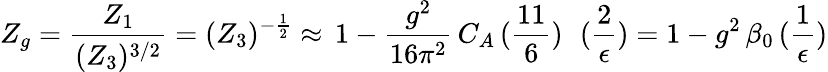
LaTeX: Z_{g}=\frac{Z_{1}}{(Z_{3})^{3/2}}=(Z_{3})^{-\frac{1}{2}}\approx\, 1-\frac{g^{2}}{16\pi^{2}}\, C_{A}\, (\frac{11}{6})\; \, \, (\frac{2}{\epsilon})=1-{g^{2}}\, \beta_{0}\, (\frac{1}{\epsilon})